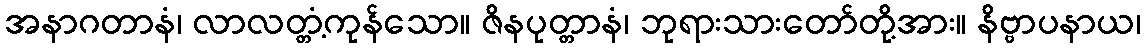
အနာဂတာနံ၊ လာလတ္တံ့ကုန်သော။ ဇိနပုတ္တာနံ၊ ဘုရားသားတော်တို့အား။ နိဗ္ဗာပနာယ၊